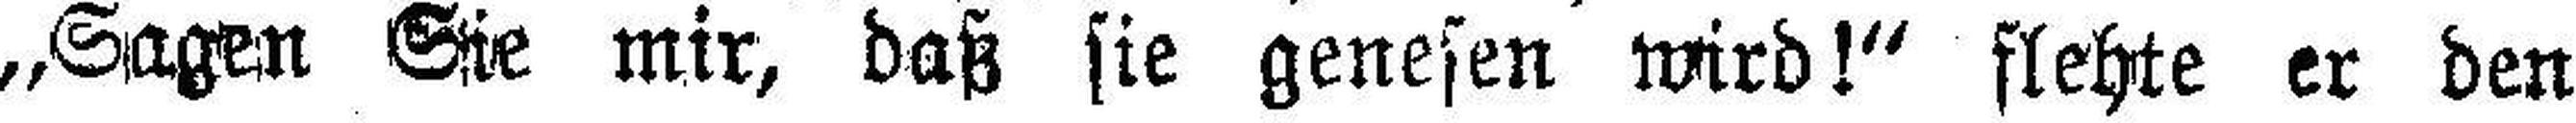
„Sagen Sie mir, daß sie genesen wird!“ flehte er den